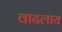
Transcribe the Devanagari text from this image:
वाढलाय